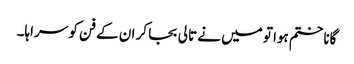
گانا ختم ہوا تو میں نے تالی بجا کر ان کے فن کو سراہا۔